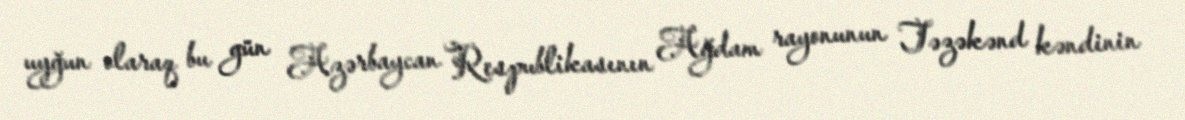
uyğun olaraq bu gün Azərbaycan Respublikasının Ağdam rayonunun Təzəkənd kəndinin